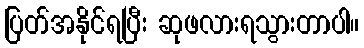
ပြတ်အနိုင်ရပြီး ဆုဖလားရသွားတာပါ။